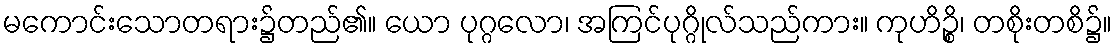
မကောင်းသောတရား၌တည်၏။ ယော ပုဂ္ဂလော၊ အကြင်ပုဂ္ဂိုလ်သည်ကား။ ကုဟိဉ္စိ၊ တစိုးတစိ၌။